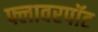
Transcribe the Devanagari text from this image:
फ्लावरपॉट